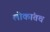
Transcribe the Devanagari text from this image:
लोकांतच